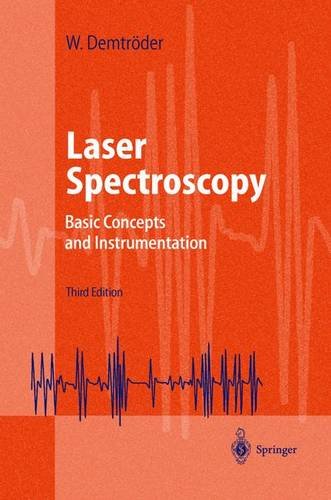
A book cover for Laser Spectroscopy; Wolfgang DemtrÃ¶der; Science & Math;